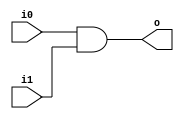
module and2 (input wire i0, i1, output wire o);
	assign o = i0 & i1;
endmodule

module or2 (input wire i0, i1, output wire o);
	assign o = i0 | i1;
endmodule

module xor2 (input wire i0, i1, output wire o);
	assign o = i0 ^ i1;
endmodule

module xor3 (input wire i0, i1, i2, output wire o);
	wire temp;
	xor2 xor2_0 (i0, i1, temp);
	xor2 xor2_1 (i2, temp, o);
endmodule